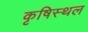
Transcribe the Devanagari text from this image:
कृषिस्थल